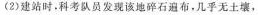
(2)建站时，科考队员发现该地碎石遍布，几乎无土壤，